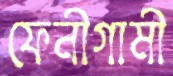
ফেনীগামী